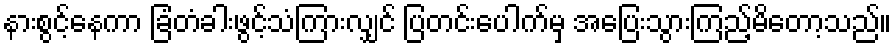
နားစွင့်နေကာ ခြံတံခါးဖွင့်သံကြားလျှင် ပြတင်းပေါက်မှ အပြေးသွားကြည့်မိတော့သည်။